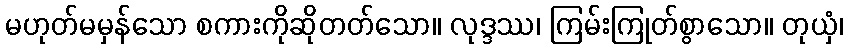
မဟုတ်မမှန်သော စကားကိုဆိုတတ်သော။ လုဒ္ဒဿ၊ ကြမ်းကြုတ်စွာသော။ တုယှံ၊